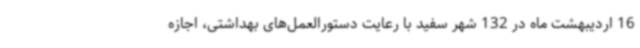
16 اردیبهشت ماه در 132 شهر سفید با رعایت دستورالعمل‌های بهداشتی، اجازه